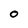
Character: O